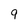
Character: 9